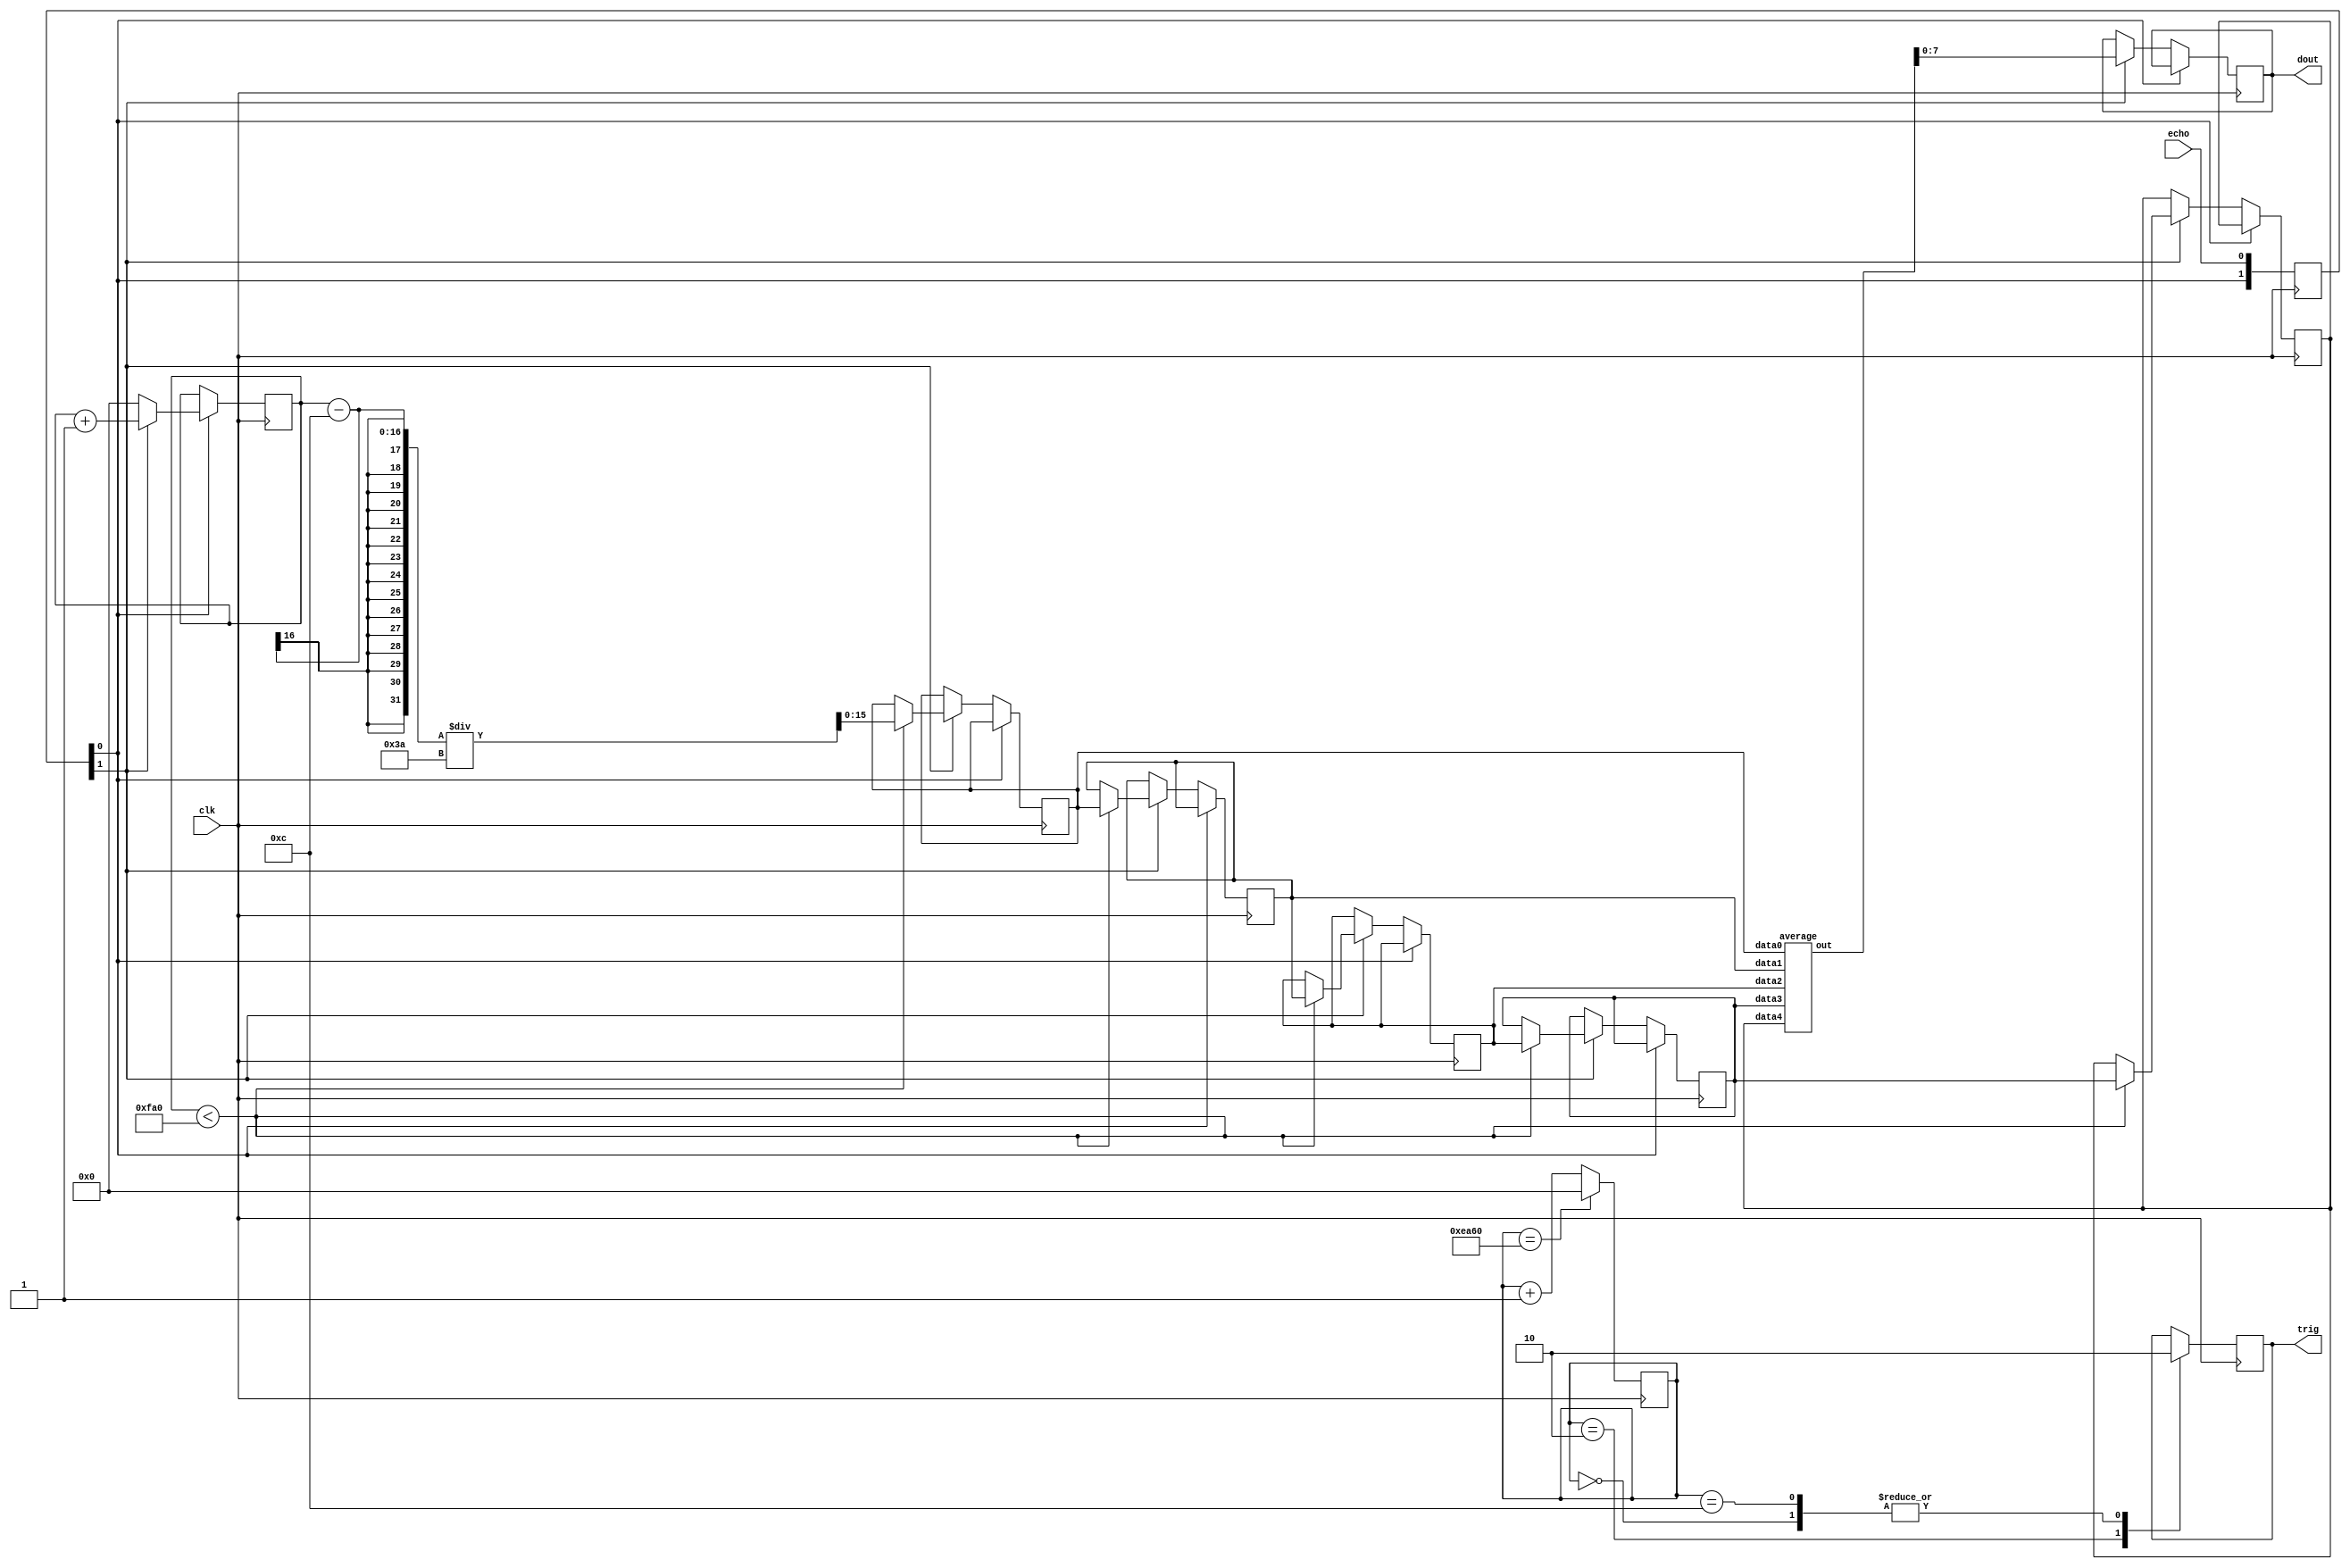
`timescale 1ns / 1ps
//////////////////////////////////////////////////////////////////////////////////
// Company: 
// Engineer: 
// 
// Design Name: 
// Module Name: HCSR04
// Project Name: 
// Target Devices: 
// Tool Versions: 
// Description: 
// 
// Dependencies: 
// 
// Revision:
// Revision 0.01 - File Created
// Additional Comments:
// 
//////////////////////////////////////////////////////////////////////////////////


module HCSR04(
    input echo,
    input clk,
    output reg trig,
    output reg [7:0] dout
    );
    
     reg [15:0] trig_counter;
     reg [15:0] dout_buff [4:0];
     integer i;
     reg [15:0] pulse_width; 
     reg [1:0] echo_prev;   
     wire [15:0] avg_echo;

     average dout_averager(
          .data0(dout_buff[0]),
          .data1(dout_buff[1]),
          .data2(dout_buff[2]),
          .data3(dout_buff[3]),
          .data4(dout_buff[4]), 
          .out(avg_echo)
          );

     initial begin
          trig_counter <= 0;
          echo_prev <= 0;
          dout_buff[0] <= 16'b0;
          dout_buff[1] <= 16'b0;
          dout_buff[2] <= 16'b0;
          dout_buff[3] <= 16'b0;
          dout_buff[4] <= 16'b0;
     end
     
     always @ (posedge clk) begin
          //Read HC-SR04 doc for more information
          case (trig_counter)
               16'd0: begin
                    trig <= 0;
                    trig_counter <= trig_counter + 1;
                    end
               16'd2: begin
                    trig <= 1;
                    trig_counter <= trig_counter + 1;
                    end
               16'd12: begin
                    trig <= 0;
                    trig_counter <= trig_counter + 1;
                    end
               16'd60_000: begin 
                    trig_counter <= 0;
               end
               default: trig_counter <= trig_counter + 1;
          endcase

          if (echo_prev[0]) begin
               //increment from zero upon reaching rising edge
               if (!echo_prev[1]) begin
                    pulse_width <= 0;
               end
               else begin
                    pulse_width <= pulse_width + 1;
               end
          end
          //On falling edge
          else if (echo_prev[1]) begin
               /*
               When a pulse from the ultrasonic sensor is not deflected back at the sensor, a large value is registered (likely
               due to the pulse needing to bounce off multiple surfaces to return to sensor). Practically, values over 4000, which
               correspond to around 70cm should be considered noise, as an impractically large flat surface area would be needed to
               reliably bounce a signal back to the module (also requiring the user to move their hand more than 70cm is not great)
               */
               if (pulse_width < 4000) begin
                    //Shift register for averaging over past 5 samples
                    for (i = 0; i < 4; i = i + 1) begin
                         dout_buff[i + 1] <= dout_buff[i];
                    end
                    dout_buff[0] <= (pulse_width - 12) / 58;
                    //Multiple equations were given by HC-SR04 documentation, not all of them correct. Much trial and error was needed for this equation
               end
               dout <= (avg_echo);
               //Averaging sensor values between past 5 samples (about 300 ms) strikes good balance between being robust to noise and being responsive to input
          end

          echo_prev[0] <= echo;  
          echo_prev[1] <= echo_prev[0];

     end     
endmodule

//Combinational circuit for average of five values.
module average(
     input [15:0] data0, data1, data2, data3, data4,
     output [15:0] out
     );

     wire [18:0] sum;

     assign sum = data0 + data1 + data2 + data3 + data4;
     assign out = sum / 'd5;

endmodule